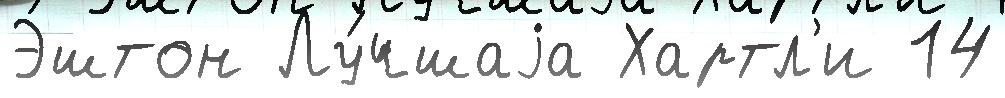
Эштон Лу́чшаjа Хартл'и 14